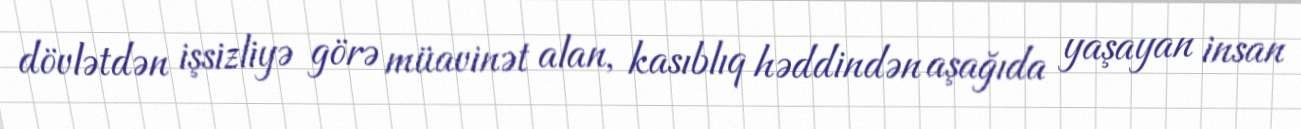
dövlətdən işsizliyə görə müavinət alan, kasıblıq həddindən aşağıda yaşayan insan